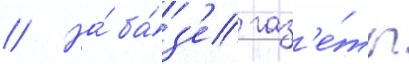
// На́ ба́з'е газ'е́ты